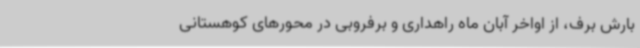
بارش برف، از اواخر آبان ماه راهداری و برفروبی در محورهای کوهستانی